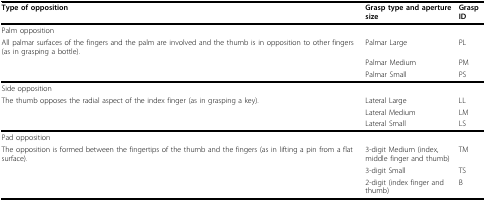
<table><thead><tr><td><b>Type of opposition</b></td><td><b>Grasp type and aperture size</b></td><td><b>Grasp ID</b></td></tr></thead><tbody><tr><td>Palm opposition</td><td></td><td></td></tr><tr><td>All palmar surfaces of the fingers and the palm are involved and the thumb is in opposition to other fingers (as in grasping a bottle).</td><td>Palmar Large</td><td>PL</td></tr><tr><td></td><td>Palmar Medium</td><td>PM</td></tr><tr><td></td><td>Palmar Small</td><td>PS</td></tr><tr><td>Side opposition</td><td></td><td></td></tr><tr><td>The thumb opposes the radial aspect of the index finger (as in grasping a key).</td><td>Lateral Large</td><td>LL</td></tr><tr><td></td><td>Lateral Medium</td><td>LM</td></tr><tr><td></td><td>Lateral Small</td><td>LS</td></tr><tr><td>Pad opposition</td><td></td><td></td></tr><tr><td>The opposition is formed between the fingertips of the thumb and the fingers (as in lifting a pin from a flat surface).</td><td>3-digit Medium (index, middle finger and thumb)</td><td>TM</td></tr><tr><td></td><td>3-digit Small</td><td>TS</td></tr><tr><td></td><td>2-digit (index finger and thumb)</td><td>B</td></tr></tbody></table>